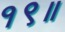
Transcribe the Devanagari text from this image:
१९॥